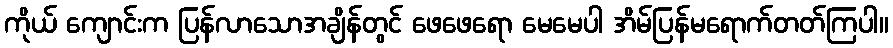
ကိုယ် ကျောင်းက ပြန်လာသောအချိန်တွင် ဖေဖေရော မေမေပါ အိမ်ပြန်မရောက်တတ်ကြပါ။